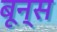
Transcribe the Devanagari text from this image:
बून्स